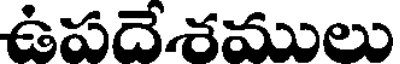
ఉపదేశములు